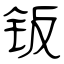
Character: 钣